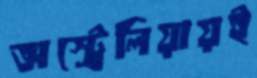
অস্ট্রেলিয়ায়ই